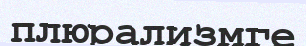
плюрализмге